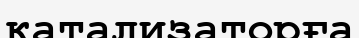
катализаторға